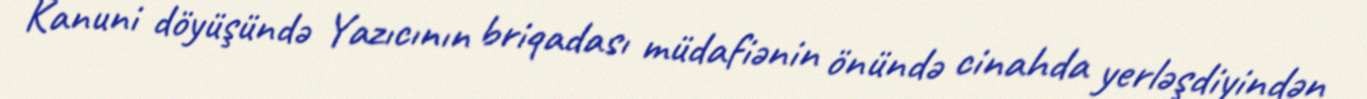
Kanuni döyüşündə Yazıcının briqadası müdafiənin önündə cinahda yerləşdiyindən